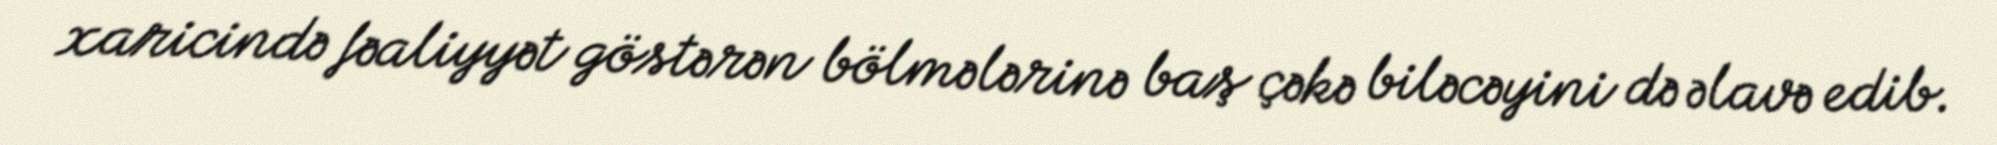
xaricində fəaliyyət göstərən bölmələrinə baş çəkə biləcəyini də əlavə edib.